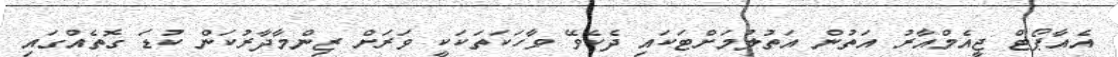
އެއާޕޯޓް ޖީއެމްއާރު އަތުން އަތުލުމަށްޓަކައި ދެކެވޭ ވާހަކަތަކަކީ ވަރަށް ޒިންމާދާރުކަން ކުޑަ ގޮތެއްގައި